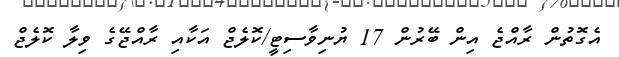
އެގޮތުން ރާއްޖެ އިން ބޭރުން 17 ޔުނިވާސިޓީ/ކޮލެޖް އަކާއި ރާއްޖޭގެ ވިލާ ކޮލެޖް